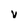
Character: v